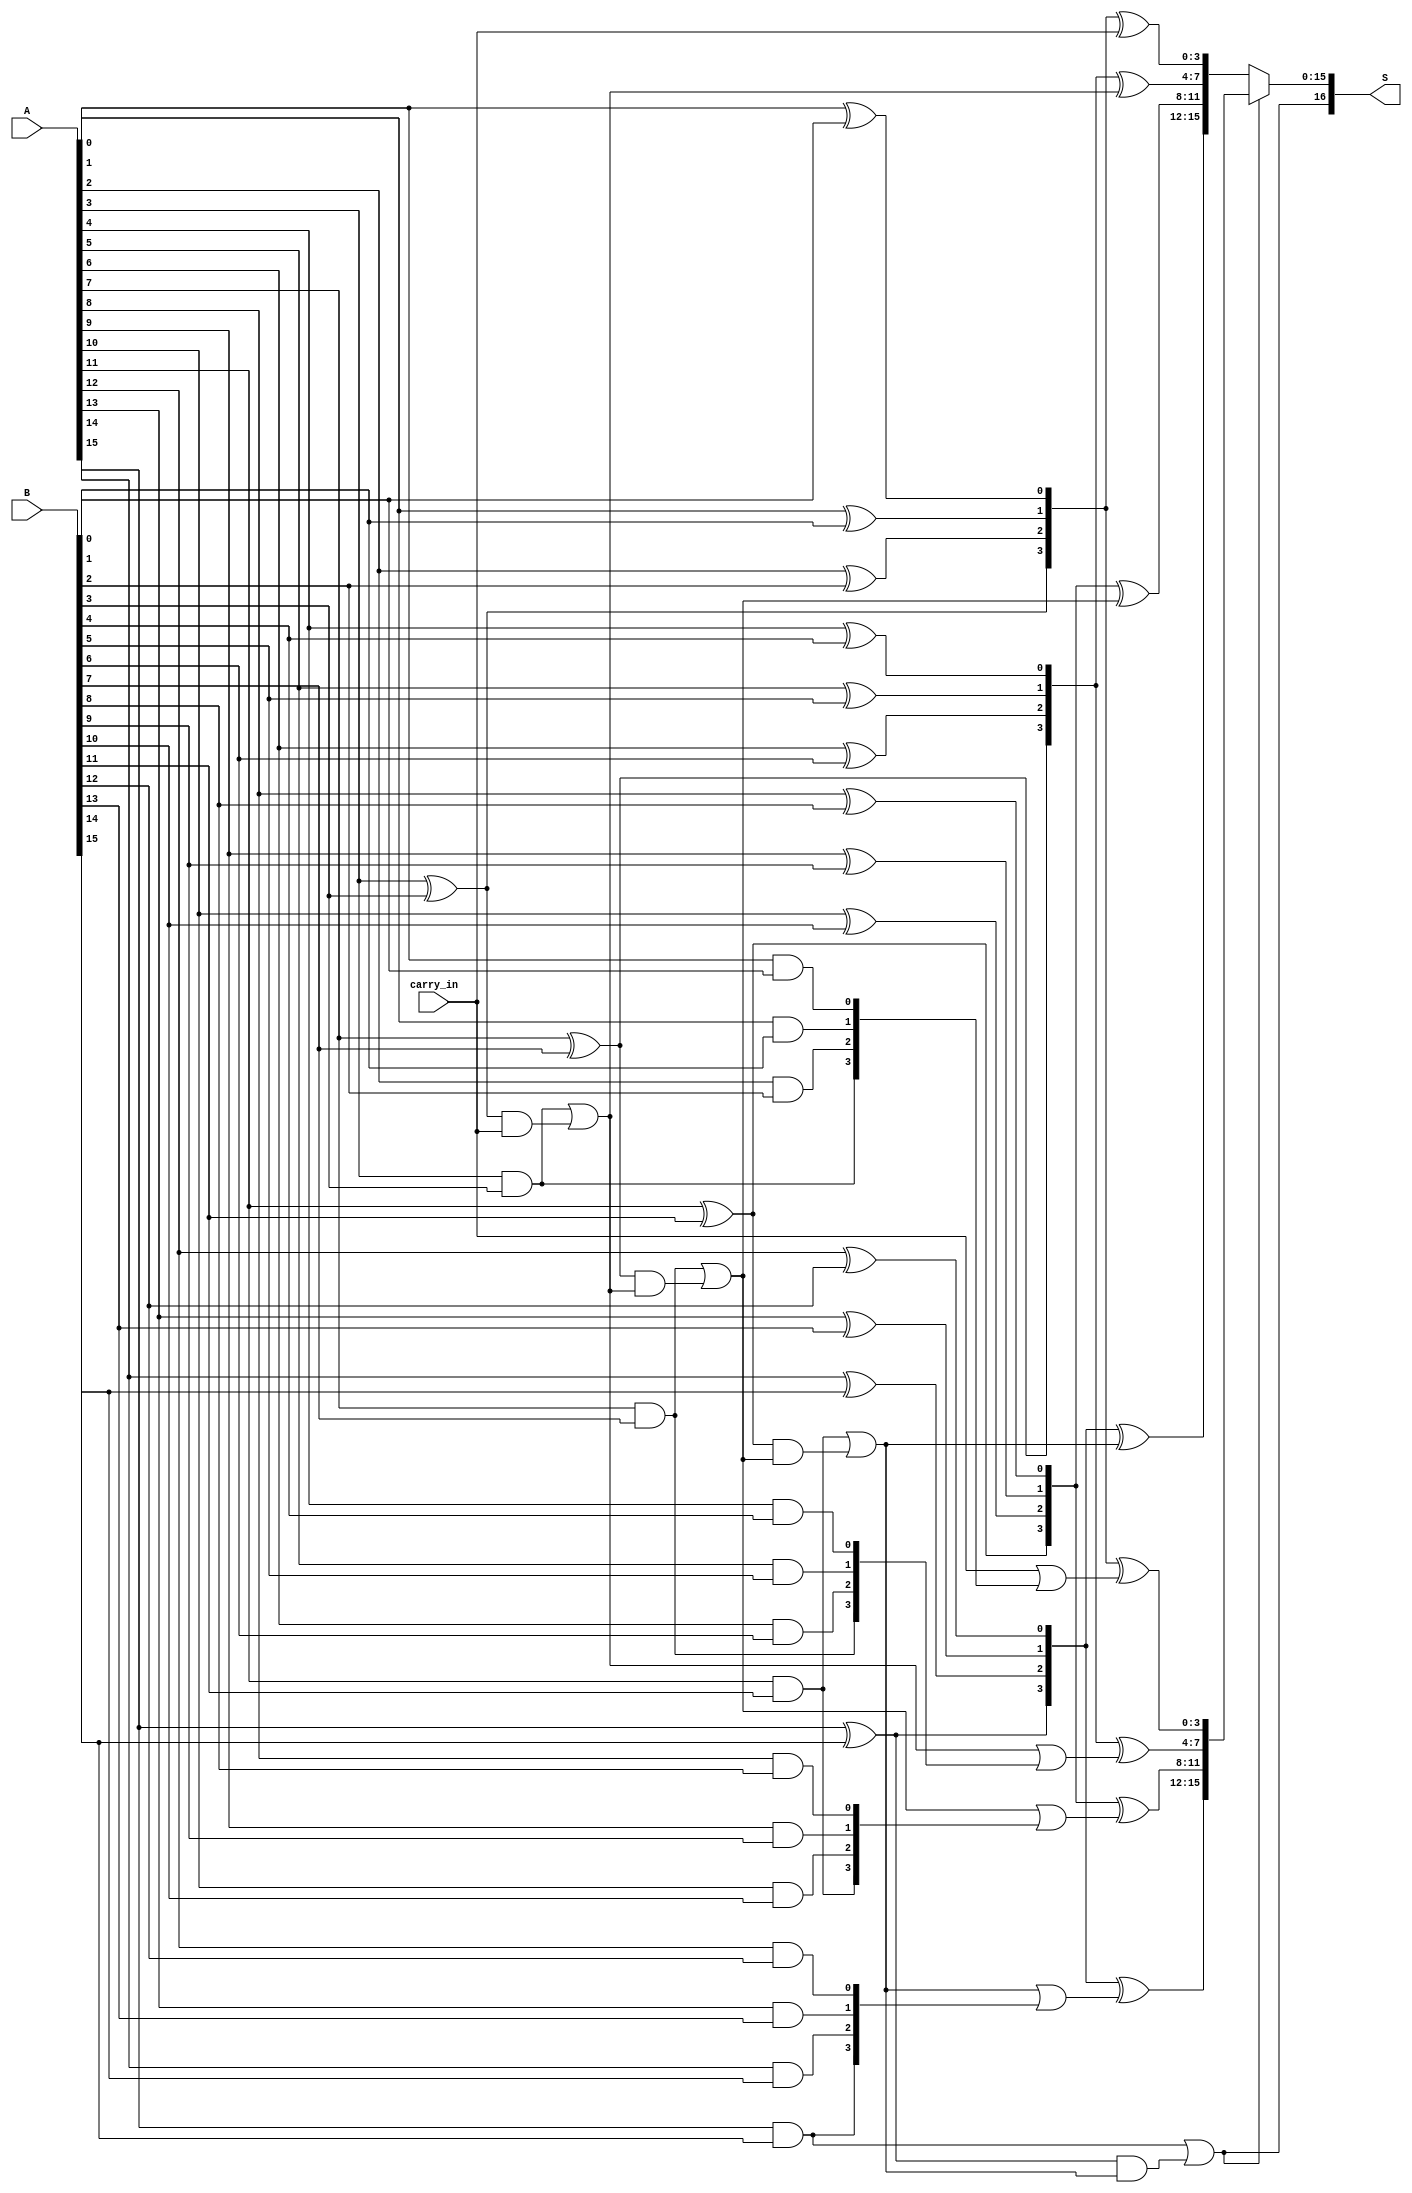
module han_carlson_adder #(parameter N = 16) (
    input  [N-1:0] A,  // First n-bit input
    input  [N-1:0] B,  // Second n-bit input
    input  carry_in,    // Carry-in for the adder
    output [N:0] S      // (n+1)-bit output
);

    localparam GROUP_SIZE = 4; // Size of each group
    localparam NUM_GROUPS = N / GROUP_SIZE;

    // Internal signals
    wire [GROUP_SIZE-1:0] P [NUM_GROUPS-1:0]; // Propagate signals
    wire [GROUP_SIZE-1:0] G [NUM_GROUPS-1:0]; // Generate signals
    wire [NUM_GROUPS:0] C; // Carry signals
    wire [N-1:0] SUM0; // Sum assuming carry_in = 0
    wire [N-1:0] SUM1; // Sum assuming carry_in = 1
    wire [N-1:0] SUM; // Final sum output

    // Generate propagate and generate signals for each group
    genvar i, j;
    generate
        for (i = 0; i < NUM_GROUPS; i = i + 1) begin : group
            for (j = 0; j < GROUP_SIZE; j = j + 1) begin : bit
                assign P[i][j] = A[i*GROUP_SIZE + j] ^ B[i*GROUP_SIZE + j]; // Propagate
                assign G[i][j] = A[i*GROUP_SIZE + j] & B[i*GROUP_SIZE + j]; // Generate
            end
        end
    endgenerate

    // Carry generation
    assign C[0] = carry_in; // Initial carry-in
    generate
        for (i = 0; i < NUM_GROUPS; i = i + 1) begin : carry_gen
            if (i == 0) begin
                assign C[i+1] = G[i][GROUP_SIZE-1] | (P[i][GROUP_SIZE-1] & C[i]);
            end else begin
                assign C[i+1] = G[i][GROUP_SIZE-1] | (P[i][GROUP_SIZE-1] & C[i]);
            end
        end
    endgenerate

    // Sum calculation for carry_in = 0
    generate
        for (i = 0; i < NUM_GROUPS; i = i + 1) begin : sum0
            assign SUM0[i*GROUP_SIZE +: GROUP_SIZE] = P[i] ^ C[i];
        end
    endgenerate

    // Sum calculation for carry_in = 1
    generate
        for (i = 0; i < NUM_GROUPS; i = i + 1) begin : sum1
            assign SUM1[i*GROUP_SIZE +: GROUP_SIZE] = P[i] ^ (C[i] | G[i]);
        end
    endgenerate

    // Final sum selection
    assign S[N-1:0] = (C[NUM_GROUPS] ? SUM1 : SUM0);
    assign S[N] = C[NUM_GROUPS]; // Final carry-out

endmodule